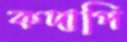
কদাপি